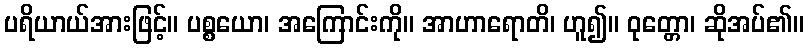
ပရိယာယ်အားဖြင့်။ ပစ္စယော၊ အကြောင်းကို။ အာဟာရောတိ၊ ဟူ၍။ ဝုတ္တော၊ ဆိုအပ်၏။